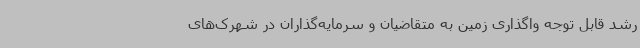
رشد قابل توجه واگذاری زمین به متقاضیان و سرمایه‌گذاران در شهرک‌های